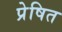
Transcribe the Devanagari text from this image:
प्रेषित